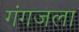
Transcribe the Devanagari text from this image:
गंगजला